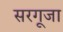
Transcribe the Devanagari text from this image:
सरगूजा